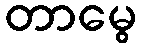
တာမွေ